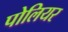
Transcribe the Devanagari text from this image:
पोलियर